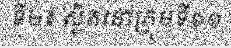
ទី២៖ ស្ថិតនៅក្រុមទី១១